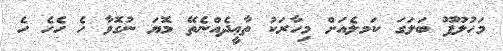
މަހުލޫފޫ ބަލަގަ ކަމލެއަށް މިހާރަކު ތާޢީދެއްނެތޭ މޮޔަ ނުގޮވާ ހެ ހެހެ ހެ